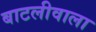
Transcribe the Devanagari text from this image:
बाटलीवाला